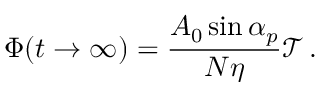
\Phi ( t \to \infty ) = \frac { A _ { 0 } \sin \alpha _ { p } } { N \eta } \mathcal { T } \, .